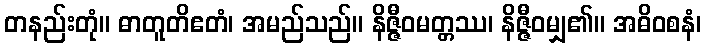
တနည်းတုံ။ ဓာတူတိဧတံ၊ အမည်သည်။ နိဇ္ဇီဝမတ္တဿ၊ နိဇ္ဇီဝမျှ၏။ အဓိဝစနံ၊